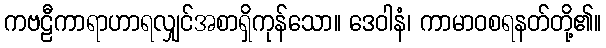
ကဗဠီကာရာဟာရလျှင်အစာရှိကုန်သော။ ဒေဝါနံ၊ ကာမာဝစရနတ်တို့၏။